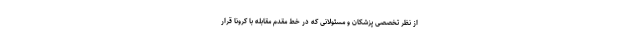
از نظر تخصصی پزشکان و مسئولانی که در خط مقدم مقابله با کرونا قرار